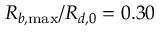
R _ { b , \operatorname* { m a x } } / R _ { d , 0 } = 0 . 3 0